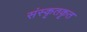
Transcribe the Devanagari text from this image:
संस्कृतकृत